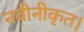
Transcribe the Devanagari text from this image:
नवीनीकृत।